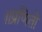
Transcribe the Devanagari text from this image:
॥प्रणितो